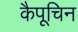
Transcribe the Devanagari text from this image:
कैपूचिन